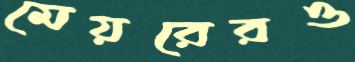
মেয়রেরও